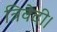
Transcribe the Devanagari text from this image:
त्रिवेदी।